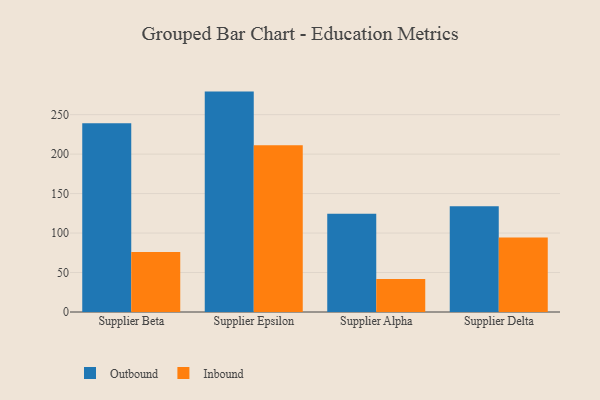
{"axis": {"x": "Supplier", "y": "LTV (USD)"}, "legend": ["Inbound", "Outbound"], "data": [{"x": "Supplier Beta", "y": 239.2, "type": "Outbound"}, {"x": "Supplier Beta", "y": 76.0, "type": "Inbound"}, {"x": "Supplier Epsilon", "y": 279.2, "type": "Outbound"}, {"x": "Supplier Epsilon", "y": 211.2, "type": "Inbound"}, {"x": "Supplier Alpha", "y": 124.6, "type": "Outbound"}, {"x": "Supplier Alpha", "y": 41.9, "type": "Inbound"}, {"x": "Supplier Delta", "y": 134.0, "type": "Outbound"}, {"x": "Supplier Delta", "y": 94.4, "type": "Inbound"}]}